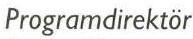
Programdirektör